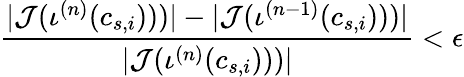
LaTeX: \frac{|\mathcal{J}(\iota^{(n)}(c_{s,i})))|-|\mathcal{J}(\iota^{(n-1)}(c_{s,i})))|}{|\mathcal{J}(\iota^{(n)}(c_{s,i})))|}<\epsilon